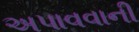
અપાવવાની